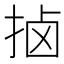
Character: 𫼵